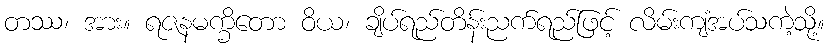
တဿ၊ အား။ ရဇနမက္ခိတော ဝိယ၊ ချိပ်ရည်တိန်းညက်ရည်ဖြင့် လိမ်းကျံအပ်သကဲ့သို့။